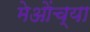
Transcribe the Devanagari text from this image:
मेओंच्या